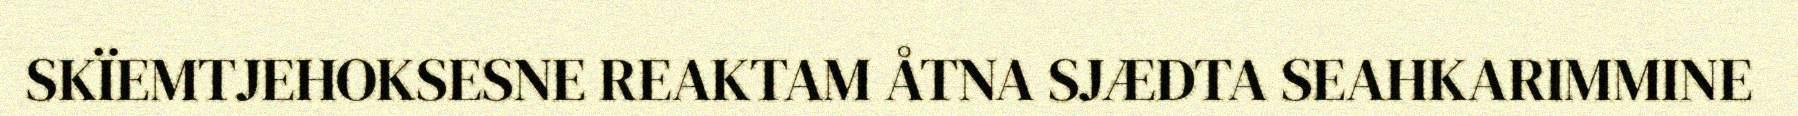
SKÏEMTJEHOKSESNE REAKTAM ÅTNA SJÆDTA SEAHKARIMMINE